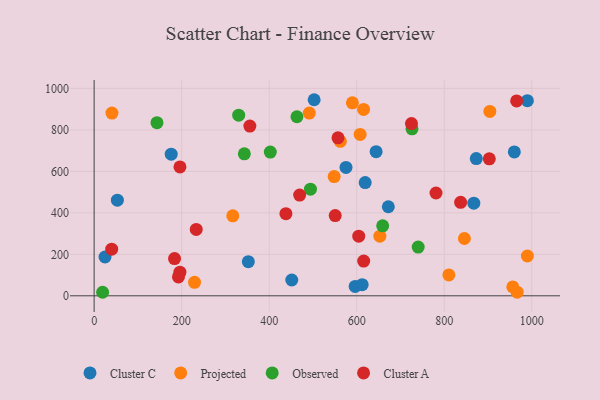
{"axis": {"x": "Distance", "y": "Yield"}, "legend": ["Cluster A", "Cluster C", "Observed", "Projected"], "data": [{"x": "619.3", "y": 546.0, "type": "Cluster C"}, {"x": "873.1", "y": 661.7, "type": "Cluster C"}, {"x": "53.1", "y": 461.2, "type": "Cluster C"}, {"x": "575.5", "y": 618.9, "type": "Cluster C"}, {"x": "596.4", "y": 45.3, "type": "Cluster C"}, {"x": "502.7", "y": 945.5, "type": "Cluster C"}, {"x": "176.1", "y": 683.0, "type": "Cluster C"}, {"x": "451.6", "y": 76.3, "type": "Cluster C"}, {"x": "612.4", "y": 53.7, "type": "Cluster C"}, {"x": "867.5", "y": 446.5, "type": "Cluster C"}, {"x": "644.3", "y": 695.2, "type": "Cluster C"}, {"x": "960.1", "y": 693.8, "type": "Cluster C"}, {"x": "672.2", "y": 429.4, "type": "Cluster C"}, {"x": "989.9", "y": 941.1, "type": "Cluster C"}, {"x": "352.3", "y": 164.5, "type": "Cluster C"}, {"x": "24.9", "y": 187.2, "type": "Cluster C"}, {"x": "316.8", "y": 385.5, "type": "Projected"}, {"x": "652.9", "y": 287.3, "type": "Projected"}, {"x": "810.5", "y": 100.7, "type": "Projected"}, {"x": "562.5", "y": 744.8, "type": "Projected"}, {"x": "846.0", "y": 276.2, "type": "Projected"}, {"x": "956.6", "y": 42.7, "type": "Projected"}, {"x": "590.1", "y": 930.4, "type": "Projected"}, {"x": "40.7", "y": 881.0, "type": "Projected"}, {"x": "966.6", "y": 17.5, "type": "Projected"}, {"x": "491.6", "y": 881.2, "type": "Projected"}, {"x": "548.4", "y": 574.8, "type": "Projected"}, {"x": "607.8", "y": 778.4, "type": "Projected"}, {"x": "615.6", "y": 898.8, "type": "Projected"}, {"x": "989.9", "y": 191.9, "type": "Projected"}, {"x": "904.2", "y": 889.1, "type": "Projected"}, {"x": "229.4", "y": 65.1, "type": "Projected"}, {"x": "659.3", "y": 337.6, "type": "Observed"}, {"x": "143.6", "y": 834.7, "type": "Observed"}, {"x": "463.4", "y": 863.3, "type": "Observed"}, {"x": "402.5", "y": 693.2, "type": "Observed"}, {"x": "494.3", "y": 514.4, "type": "Observed"}, {"x": "330.3", "y": 870.8, "type": "Observed"}, {"x": "740.4", "y": 235.1, "type": "Observed"}, {"x": "19.4", "y": 17.0, "type": "Observed"}, {"x": "343.2", "y": 684.6, "type": "Observed"}, {"x": "726.3", "y": 805.4, "type": "Observed"}, {"x": "196.1", "y": 621.3, "type": "Cluster A"}, {"x": "183.7", "y": 179.6, "type": "Cluster A"}, {"x": "469.6", "y": 485.8, "type": "Cluster A"}, {"x": "902.9", "y": 660.7, "type": "Cluster A"}, {"x": "438.2", "y": 395.8, "type": "Cluster A"}, {"x": "192.6", "y": 90.8, "type": "Cluster A"}, {"x": "233.3", "y": 319.9, "type": "Cluster A"}, {"x": "725.1", "y": 830.3, "type": "Cluster A"}, {"x": "355.8", "y": 818.6, "type": "Cluster A"}, {"x": "781.1", "y": 495.7, "type": "Cluster A"}, {"x": "557.2", "y": 761.7, "type": "Cluster A"}, {"x": "40.1", "y": 224.7, "type": "Cluster A"}, {"x": "604.6", "y": 287.3, "type": "Cluster A"}, {"x": "550.8", "y": 386.9, "type": "Cluster A"}, {"x": "196.0", "y": 114.0, "type": "Cluster A"}, {"x": "615.9", "y": 167.3, "type": "Cluster A"}, {"x": "965.4", "y": 939.9, "type": "Cluster A"}, {"x": "837.4", "y": 450.6, "type": "Cluster A"}]}